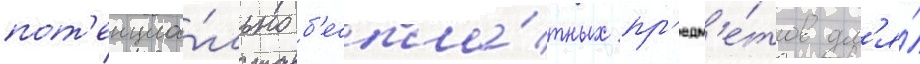
пот'енциа́льно б'еспла́тных пр'едм'е́тов дл'я́